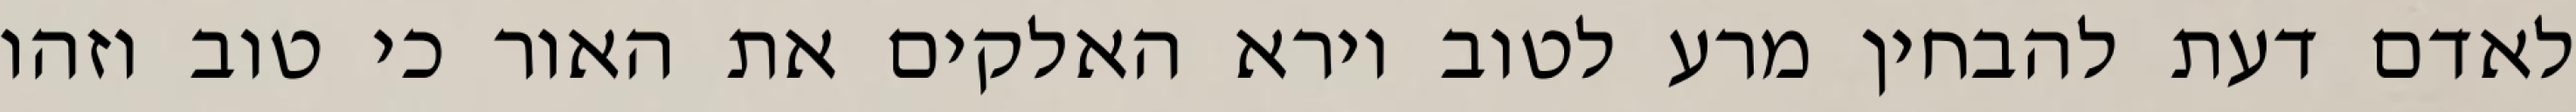
לאדם דעת להבחין מרע לטוב וירא האלקים את האור כי טוב וזהו